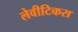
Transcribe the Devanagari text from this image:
लेवीटिकस